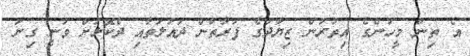
އެ ތިން މީހުންގެ އިތުރުން ޒިޔާދުގެ ފަރާތުން ދައުލަތާއި ދެކޮޅަށް ވަނީ ގިނަ